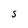
Character: 5